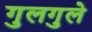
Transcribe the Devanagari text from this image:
गुलगुले